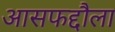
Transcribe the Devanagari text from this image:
आसफद्दौला